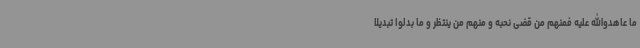
ما عاهدوالله علیه فمنهم من قضی نحبه و منهم من ینتظر و ما بدلوا تبدیلا